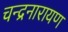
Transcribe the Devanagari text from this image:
चन्द्रनारायण